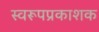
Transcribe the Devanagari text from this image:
स्वरूपप्रकाशक